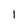
Character: 1